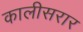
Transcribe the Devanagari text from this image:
कालीसरार